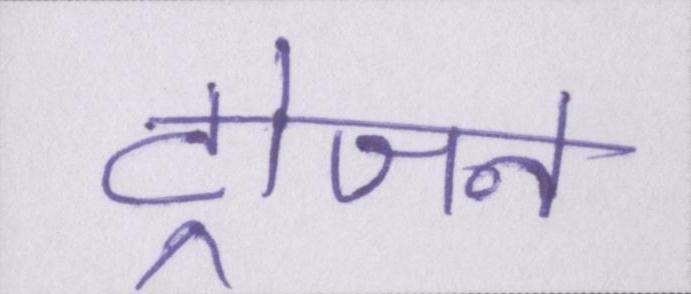
ट्रोजन